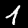
Label: 1